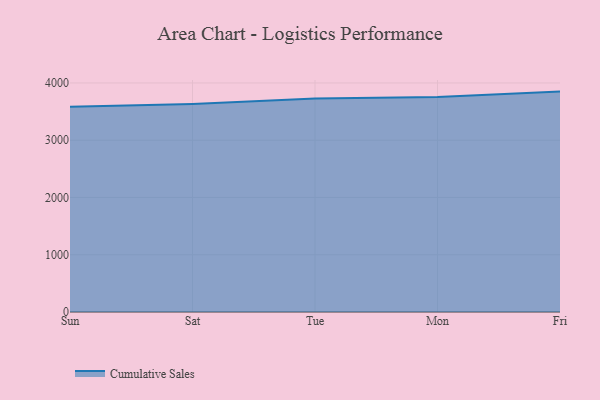
{"axis": {"x": "Day", "y": "Conversion Rate (%)"}, "legend": ["Cumulative Sales"], "data": [{"x": "Sun", "y": 3583.1, "type": "Cumulative Sales"}, {"x": "Sat", "y": 3631.9, "type": "Cumulative Sales"}, {"x": "Tue", "y": 3727.4, "type": "Cumulative Sales"}, {"x": "Mon", "y": 3754.0, "type": "Cumulative Sales"}, {"x": "Fri", "y": 3849.0, "type": "Cumulative Sales"}]}